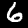
Digit: 6